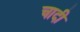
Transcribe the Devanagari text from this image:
चादी